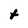
Character: t